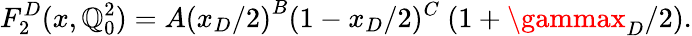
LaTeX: F_{2}^{D}(x,\mathbb{Q}_{0}^{2})=A{(x_{D}/2)}^{B}(1-x_{D}/2)^{C}~(1+\gammax_{D}/2).